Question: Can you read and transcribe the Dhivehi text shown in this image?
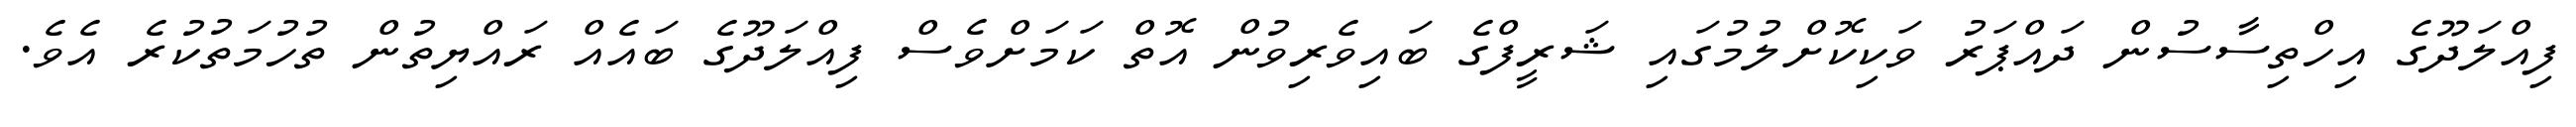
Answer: ފިއްލަދޫގެ އިހްތިސާސުން ދައްޕަރު ވަކިކޮށްލުމުގައި ޝަރީފްގެ ބައިވެރިވުން އޮތް ކަމަށްވެސް ފިއްލަދޫގެ ބައެއް ރައްޔިތުން ތުހުމަތުކުރެ އެވެ.